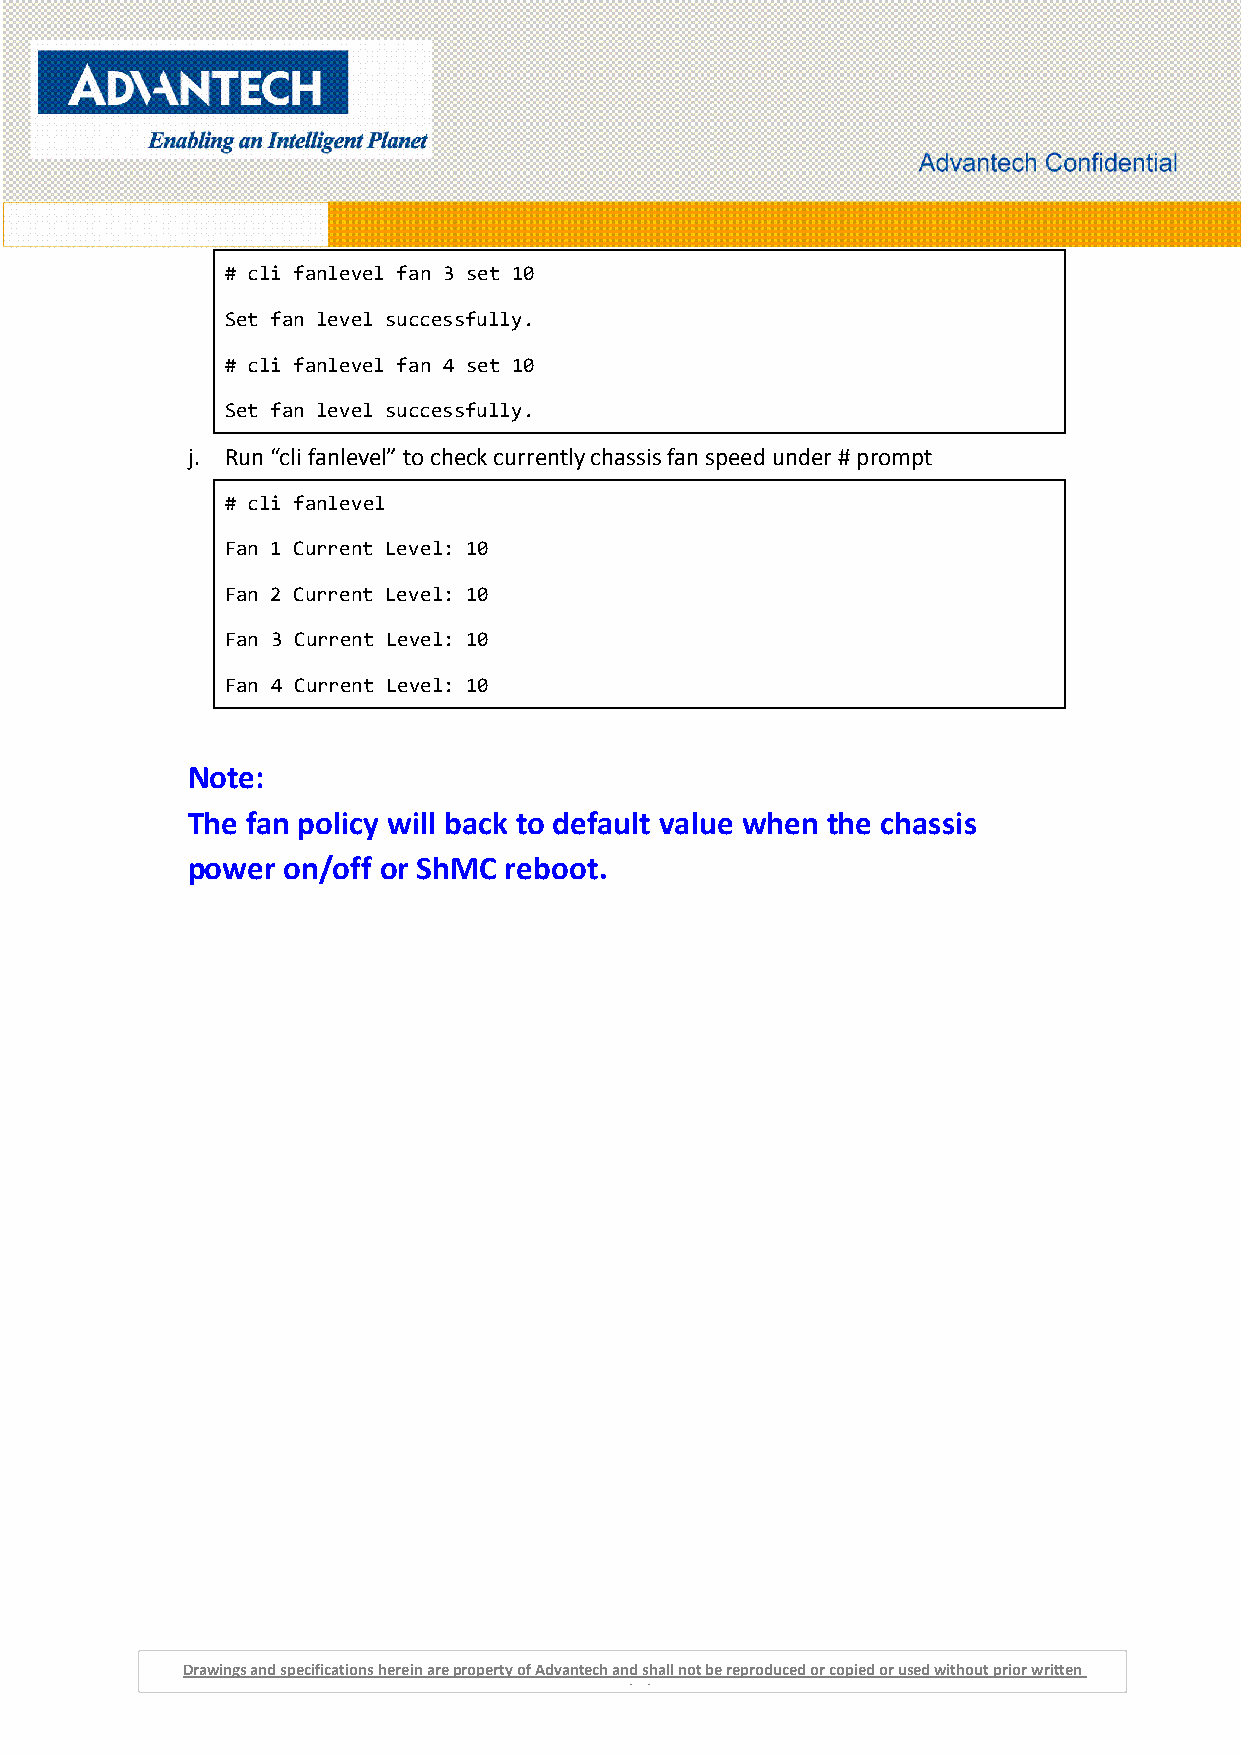
# cli fanlevel fan 3 set 10
 Set fan level successfully.
 # cli fanlevel fan 4 set 10
 Set fan level successfully.
 j. Run “cli fanlevel” to check currently chassis fan speed under # prompt
 # cli fanlevel
 Fan 1 Current Level: 10
 Fan 2 Current Level: 10
 Fan 3 Current Level: 10
 Fan 4 Current Level: 10
 Note:
 The fan policy will back to default value when the chassis
 power  on/off or ShMC reboot.
 Drawings and specifications herein are property of Advantech and shall not be reproduced or copied or used without prior written
 permission.